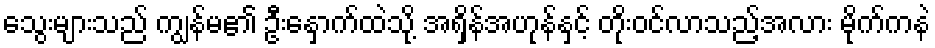
သွေးများသည် ကျွန်မ၏ ဦးနှောက်ထဲသို့ အရှိန်အဟုန်နှင့် တိုးဝင်လာသည့်အလား မိုက်ကနဲ